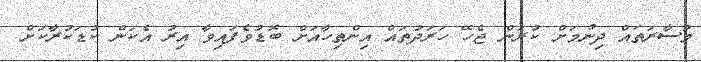
މުސާރަތައް ދިނުމަށް ކުރަން ޖެހޭ ހަރަދުތައް އިންތިހާއަށް ބޮޑުވެފައިވާ އިރު އެކަން ކުޑަކުރާކަށް